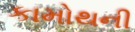
કામોથની